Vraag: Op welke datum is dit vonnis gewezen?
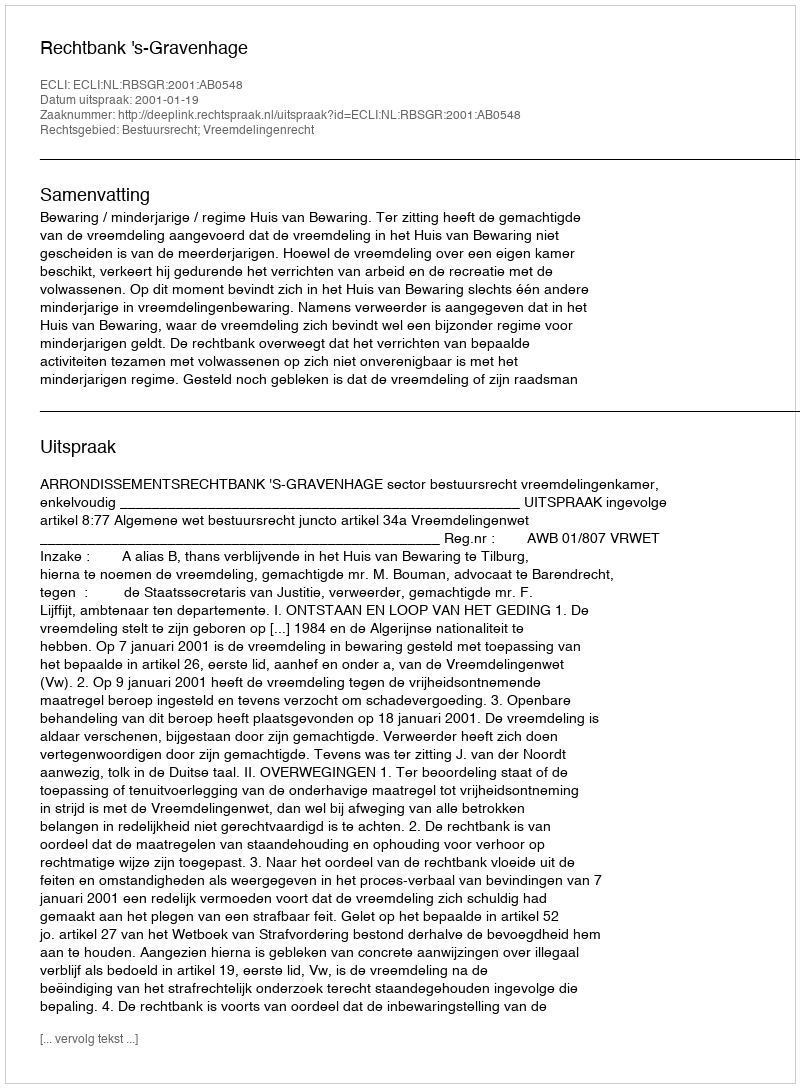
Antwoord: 2001-01-19